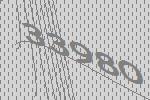
33980